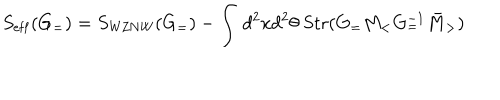
S _ { \mathrm { e f f } } ( G _ { = } ) = S _ { \mathrm { W Z N W } } ( G _ { = } ) - \int \, d ^ { 2 } x d ^ { 2 } \theta \; \mathrm { S t r } ( G _ { = } M _ { < } G _ { = } ^ { - 1 } \bar { M } _ { > } )